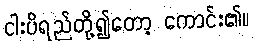
ငါးပိရည်တို့၍တော့ ကောင်း၏။